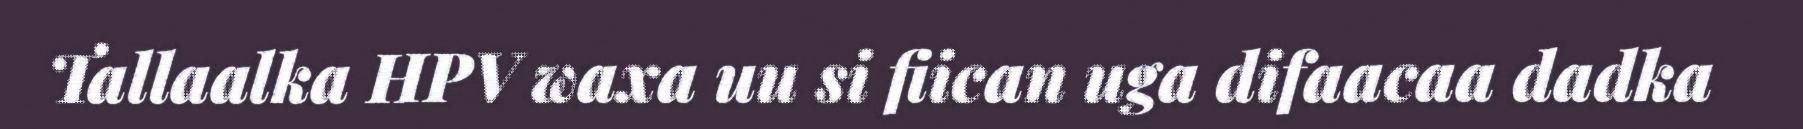
Tallaalka HPV waxa uu si fiican uga difaacaa dadka